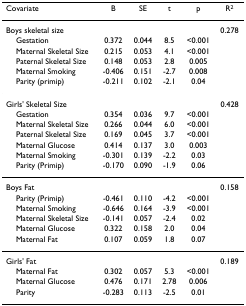
| Covariate | B | SE | t | p | R2 |
 | --- | --- | --- | --- | --- | --- |
 | Boys skeletal size |  |  |  |  | 0.278 |
 | Gestation | 0.372 | 0.044 | 8.5 | <0.001 |  |
 | Maternal Skeletal Size | 0.215 | 0.053 | 4.1 | <0.001 |  |
 | Paternal Skeletal Size | 0.148 | 0.053 | 2.8 | 0.005 |  |
 | Maternal Smoking | -0.406 | 0.151 | -2.7 | 0.008 |  |
 | Parity (primip) | -0.211 | 0.102 | -2.1 | 0.04 |  |
 | Girls' Skeletal Size |  |  |  |  | 0.428 |
 | Gestation | 0.354 | 0.036 | 9.7 | <0.001 |  |
 | Maternal Skeletal Size | 0.266 | 0.044 | 6.0 | <0.001 |  |
 | Paternal Skeletal Size | 0.169 | 0.045 | 3.7 | <0.001 |  |
 | Maternal Glucose | 0.414 | 0.137 | 3.0 | 0.003 |  |
 | Maternal Smoking | -0.301 | 0.139 | -2.2 | 0.03 |  |
 | Parity (Primip) | -0.170 | 0.090 | -1.9 | 0.06 |  |
 | Boys Fat |  |  |  |  | 0.158 |
 | Parity (Primip) | -0.461 | 0.110 | -4.2 | <0.001 |  |
 | Maternal Smoking | -0.646 | 0.164 | -3.9 | <0.001 |  |
 | Maternal Skeletal Size | -0.141 | 0.057 | -2.4 | 0.02 |  |
 | Maternal Glucose | 0.322 | 0.158 | 2.0 | 0.04 |  |
 | Maternal Fat | 0.107 | 0.059 | 1.8 | 0.07 |  |
 | Girls' Fat |  |  |  |  | 0.189 |
 | Maternal Fat | 0.302 | 0.057 | 5.3 | <0.001 |  |
 | Maternal Glucose | 0.476 | 0.171 | 2.78 | 0.006 |  |
 | Parity | -0.283 | 0.113 | -2.5 | 0.01 |  |